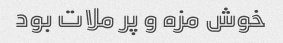
خوش مزه و پر ملات بود